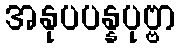
အနုပပန္နပုဗ္ဗာ